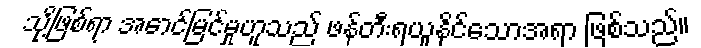
သို့ဖြစ်ရာ အောင်မြင်မှုဟူသည် ဖန်တီးရယူနိုင်သောအရာ ဖြစ်သည်။